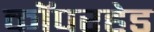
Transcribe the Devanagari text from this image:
कॉपरहेड